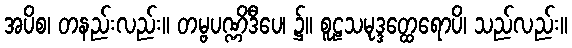
အပိစ၊ တနည်းလည်း။ တမ္ဗပဏ္ဏိဒီပေ၊ ၌။ စူဠသမုဒ္ဒတ္ထေရောပိ၊ သည်လည်း။